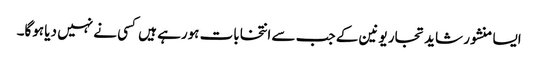
ایسا منشور شاید تجار یونین کے جب سے انتخابات ہورہے ہیں کسی نے نہیں دیا ہوگا۔